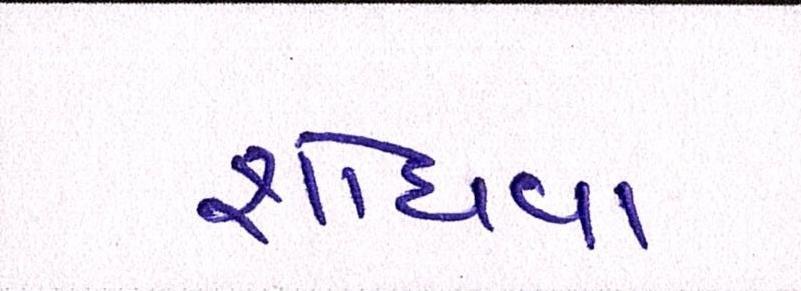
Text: શોધવા